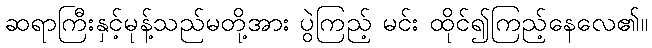
ဆရာကြီးနှင့်မုန့်သည်မတို့အား ပွဲကြည့် မင်း ထိုင်၍ကြည့်နေလေ၏။